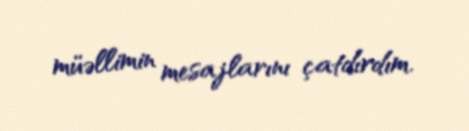
müəllimin mesajlarını çatdırdım.